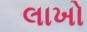
લાખો